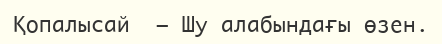
Қопалысай  – Шу алабындағы өзен.